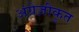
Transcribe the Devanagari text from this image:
अंग्रेज़ीकृत